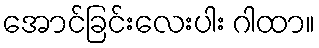
အောင်ခြင်းလေးပါး ဂါထာ။